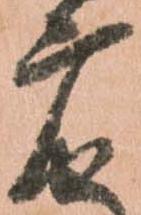
广